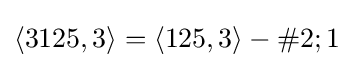
\langle 3125,3\rangle =\langle 125,3\rangle -\#2;1